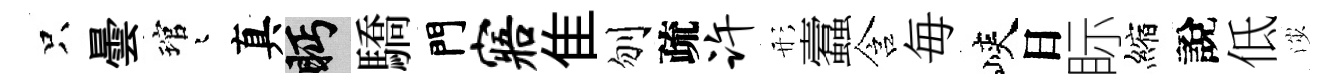
只曇琯迢真眄驕門寤隹刎疏许形蠧含毎峽日眎縮說低渉